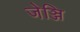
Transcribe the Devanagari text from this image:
जेञ्जि